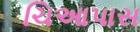
ચિઆપાસ